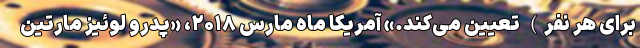
برای هر نفر) تعیین می‌کند.» آمریکا ماه مارس ۲۰۱۸، «پدرو لوئیز مارتین